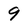
Character: 9